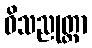
ဝိသညုတ္တာ